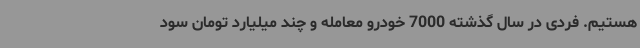
هستیم. فردی در سال گذشته 7000 خودرو معامله و چند میلیارد تومان سود